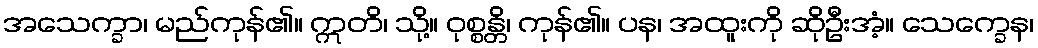
အသေက္ခာ၊ မည်ကုန်၏။ ဣတိ၊ သို့။ ဝုစ္စန္တိ၊ ကုန်၏။ ပန၊ အထူးကို ဆိုဦးအံ့။ သေက္ခေန၊